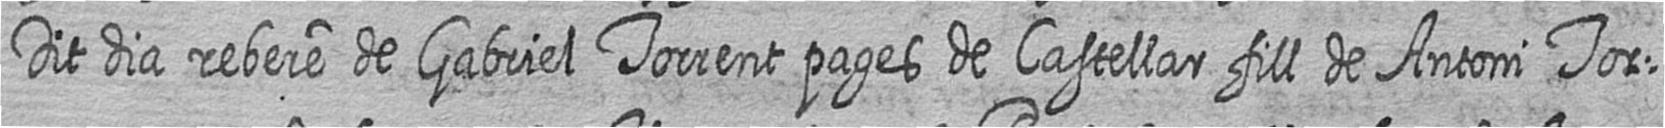
Dit dia rebere de Gabriel Torrent pages de Castellar fill de Antoni Tor=